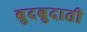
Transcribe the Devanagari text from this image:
बुदबुदाती